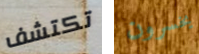
تكتشف يخسرون